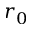
r _ { 0 }